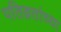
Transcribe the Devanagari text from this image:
पतिव्रतांच्या